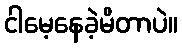
ငါမေ့နေခဲ့မိတာပဲ။